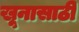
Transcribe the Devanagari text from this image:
खूनासाठी